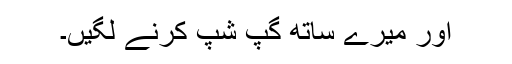
اور میرے ساتھ گپ شپ کرنے لگیں۔